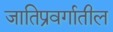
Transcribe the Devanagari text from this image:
जातिप्रवर्गातील